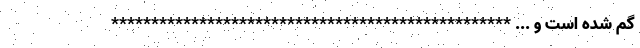
گم شده است و ... **************************************************